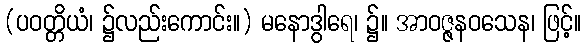
(ပဝတ္တိယံ၊ ၌လည်းကောင်း။) မနောဒွါရေ၊ ၌။ အာဝဇ္ဇနဝသေန၊ ဖြင့်။